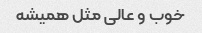
خوب و عالی مثل همیشه